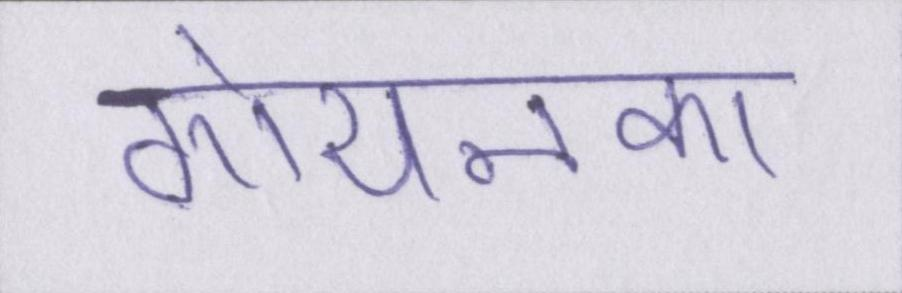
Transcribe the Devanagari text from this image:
गोयनका